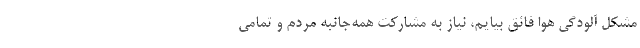
مشکل آلودگی هوا فائق بیایم، نیاز به مشارکت همه‌جانبه مردم و تمامی